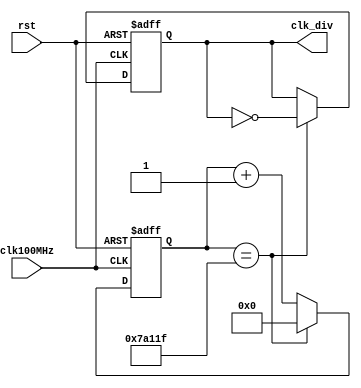
module clk_divider
    # ( parameter
        FREQ = 100 
    )
    (
        input  wire clk100MHz, 
        input  wire rst,       
        output reg  clk_div    
    );
    localparam LOOP_COUNTER_AT = 1_000_000 / 2 / (FREQ/100) ;
    reg [clog2(LOOP_COUNTER_AT)-1:0] count;
    always @( posedge(clk100MHz), posedge(rst) )
    begin
        if(rst)
        begin : counter_reset
            count   <= #1 0;
            clk_div <= #1 1'b0;
        end
        else
        begin : counter_operate
            if (count == (LOOP_COUNTER_AT - 1))
            begin : counter_loop
                count   <= #1 0;
                clk_div <= #1 ~clk_div;
            end
            else
            begin : counter_increment
                count   <= #1 count + 1;
                clk_div <= #1 clk_div;
            end
        end
    end
    function integer clog2(input integer number);
        begin
            clog2 = 0;
            while (number)
            begin
                clog2  = clog2 + 1;
                number = number >> 1;
            end
        end
    endfunction
endmodule